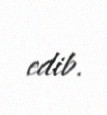
edib.